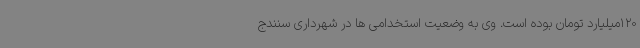
120میلیارد تومان بوده است. وی به وضعیت استخدامی ها در شهرداری سنندج